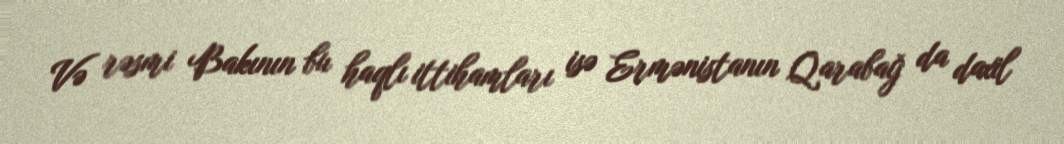
Və rəsmi Bakının bu haqlı ittihamları isə Ermənistanın Qarabağ da daxil